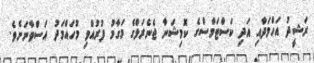
ރަޝީދު އަހްމަދާއި އަދި ކަސްޓަމްސްގެ ކޮމިޝަނާ ޖެނެރަލްގެ މަގާމު ފުރުއްވި މުހައްމަދު އަސްވާނަށެވެ.